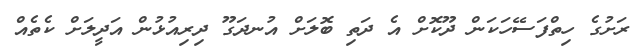
ރަށުގެ ހިތްފަސޭހަކަން ދޫކޮށް އެ ދަތި ބޮލަށް އުނދަގޫ ދިރިއުޅުން އަދީލަށް ކެތެއް